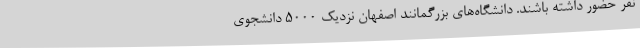
نفر حضور داشته باشند. دانشگاه‌های بزرگمانند اصفهان نزدیک 5000 دانشجوی